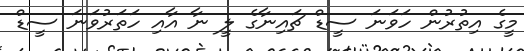
މީގެ އިތުރުން ހަވަނަ ސީޑް ޗައިނާގެ ލީ ނާ އާއި ހަތަރުވަނަ ސީޑް